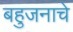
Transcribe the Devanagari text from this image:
बहुजनाचे